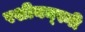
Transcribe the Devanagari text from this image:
रशीयन्स्नी